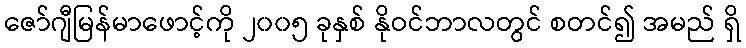
ဇော်ဂျီမြန်မာဖောင့်ကို ၂၀၀၅ ခုနှစ် နိုဝင်ဘာလတွင် စတင်၍ အမည် ရှိ